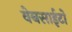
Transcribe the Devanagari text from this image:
वेबसाईटो